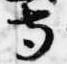
寺